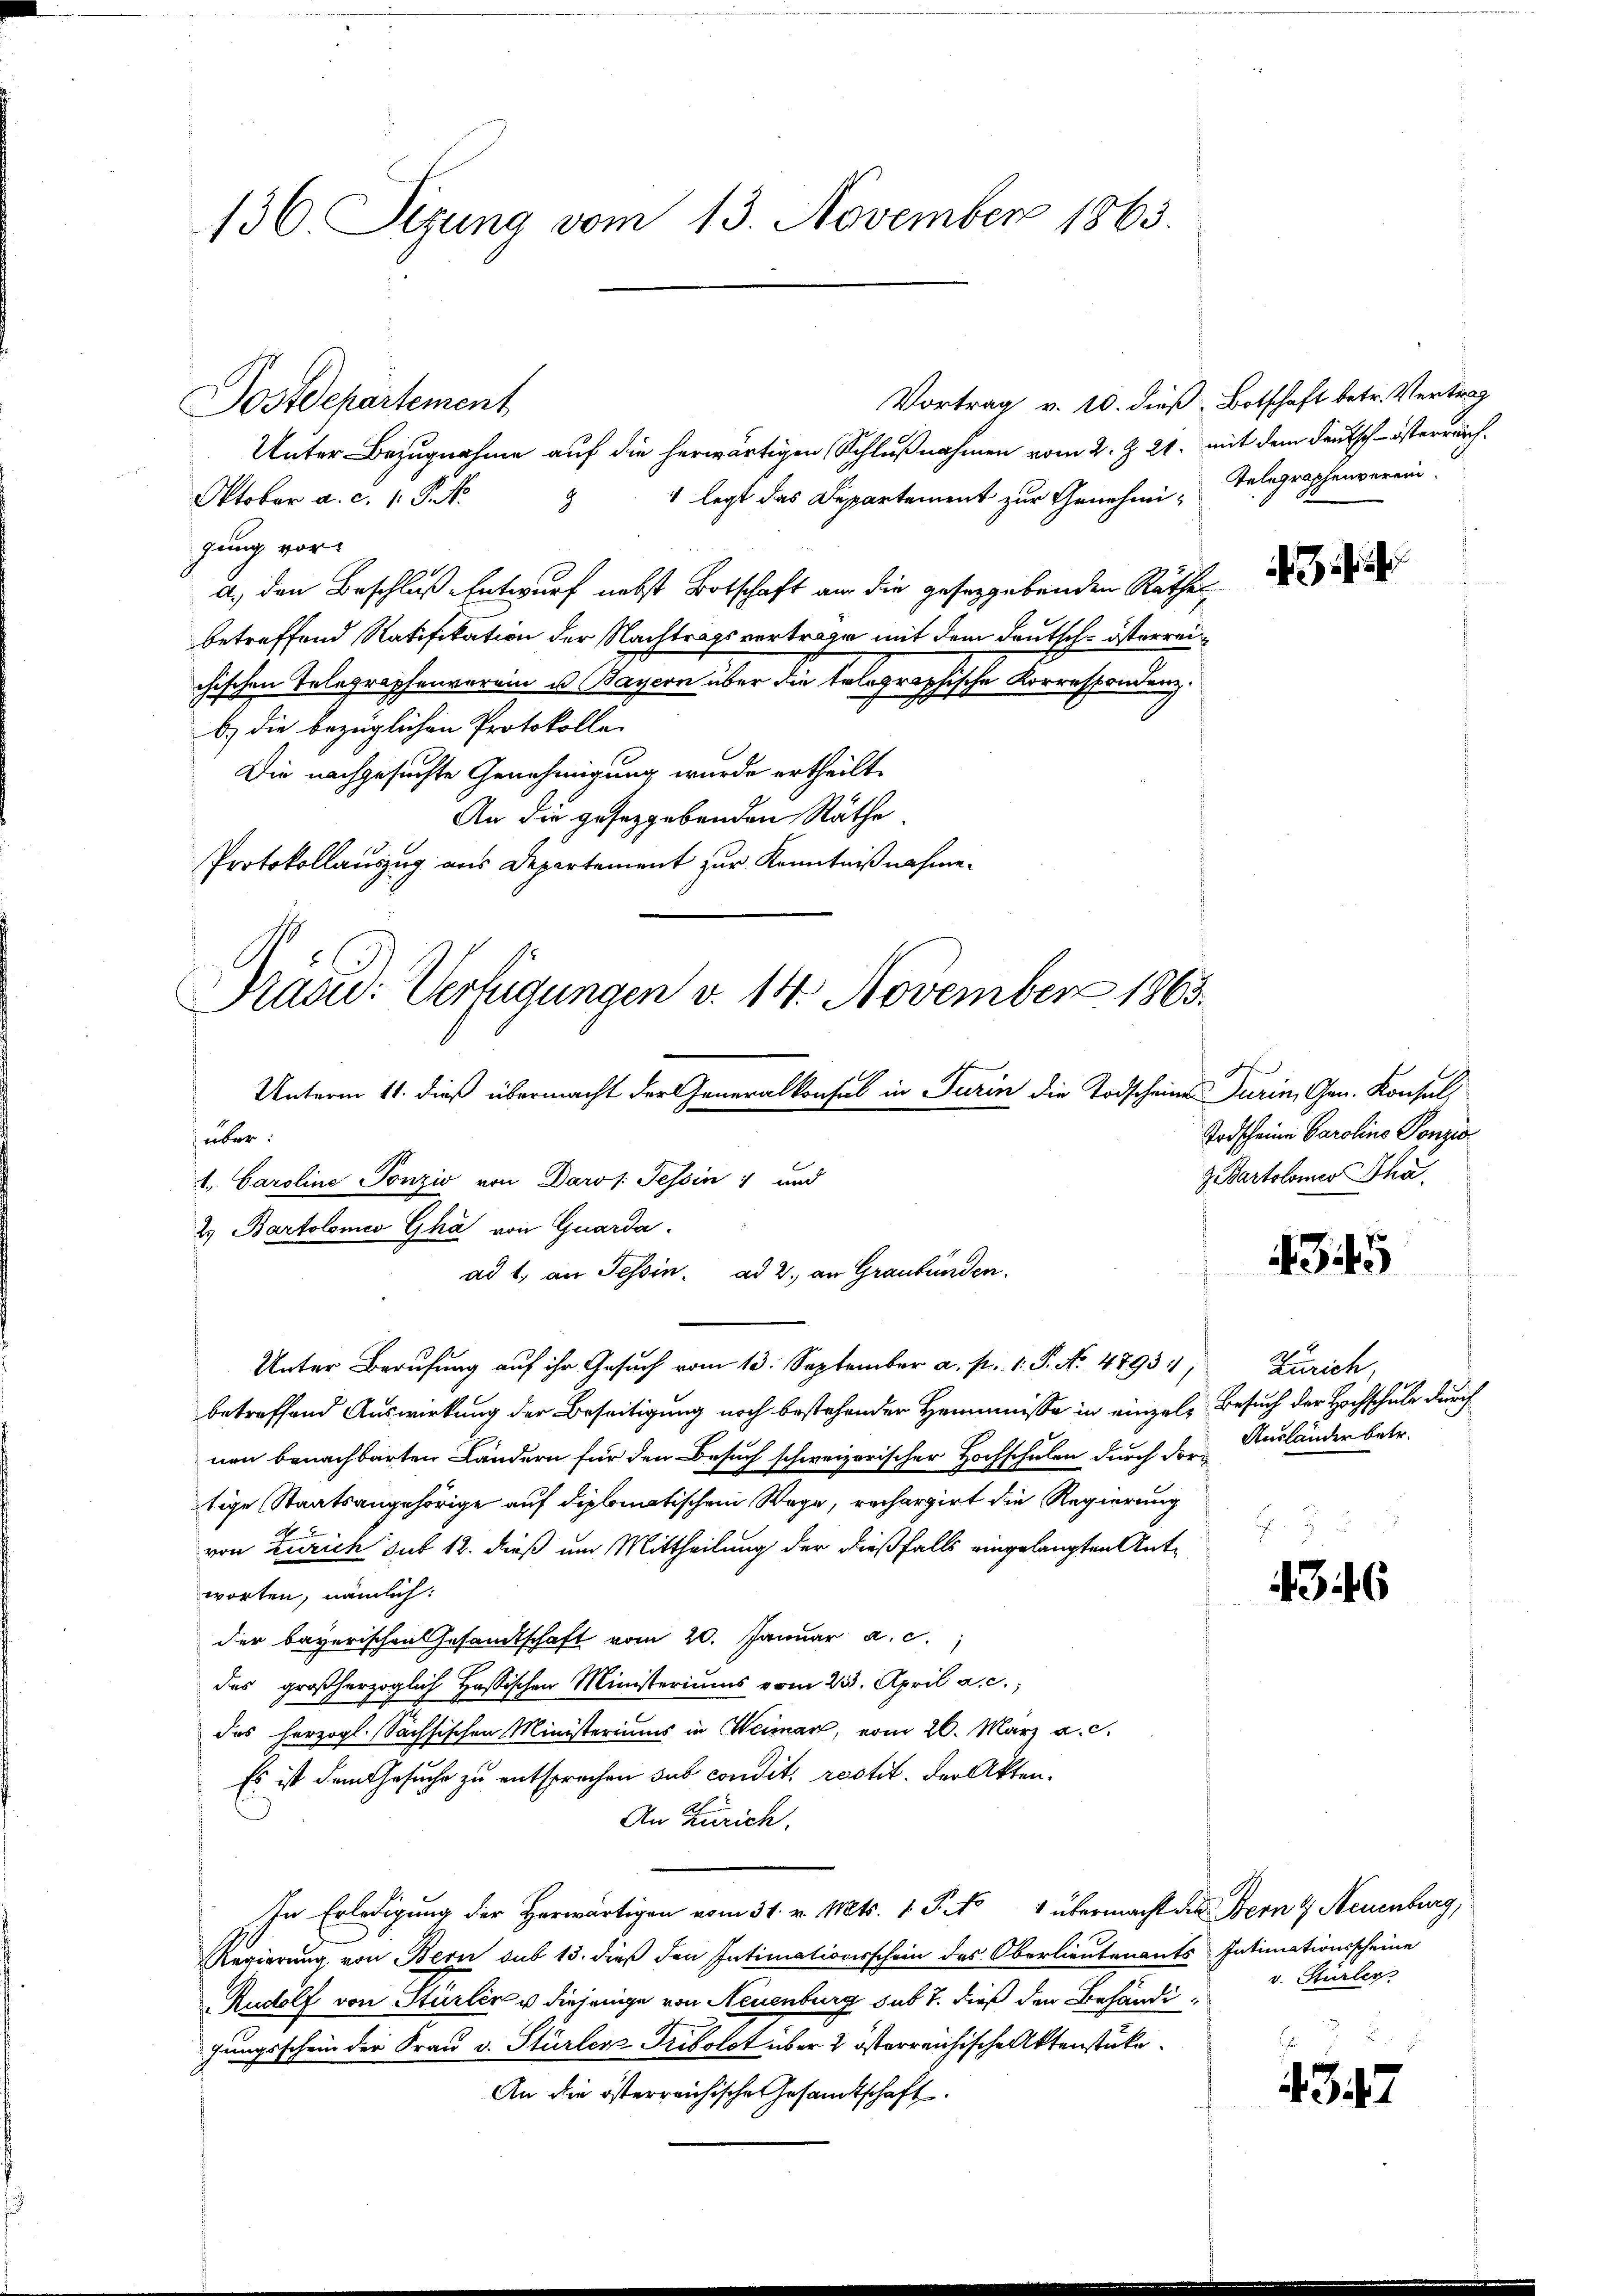
136. Sizung vom 13. November 1863.

Unter Bezugnahme auf die herwärtigen Schlußnahmen vom 2. Z. 21. mit dem Deutsch-österrich.
 legt das Departement zur Genehmi¬
Oktober a. c. s. S. 1
.
gung vora., den Beschluß Entwurf nebst Botschaft an die geseggebenden Rathes
betreffend Ratifikation der Nachtragsvertrage mit dem Deutsch-österreichischen Telegraphenverein u. Bayern über die tolographische Korrespondenz.
b) die bezüglichen Protokolle
Die nachgesuchte Genehmigung wurde ertheilt.
An die gesetzgebenden Räthe
Protokollauszug aus Departement zur Kenntnißnahme

Sostdepartement

Präsid. Verfügungen d. 14. November 1863.
Unterm 11. dieß übermacht der Generalkonfel in Turin die Todscheines Turin, Gen. Konsul
über
1. Caroline Tonzis von Daros. Tessin, und
2. Bartolomeo Gha von Quarda
ad 1., an Tessin. ad 2. an Graubünden.
Unter Berufung auf ihr Gesuch vom 13. September a. p. 1. P. No 4793, Zürich,

betreffend Auswirkung der Beseitigung noch bestehender Hemmnisse in einzeln Besuch der Hochschule durch
nen benachbarten Ländern für den Besuch schweizerischer Hochschulen durch dortige Staatsangehörige auf diplomatischem Wege, rechargirt die Regierung
von Zürich sub 12. dieß um Mittheilung der dießfalls eingelangten Antworten, nämlich:
der bayerischen Gesandtschaft vom 20. Januar a. c.
des großherzoglich Hassischen Ministeriums vom 23. April a. c.,
das herzogl. Sächsischen Ministeriums in Weimar, vom 26. März a. c.
Es ist dem Gesuche zu entsprechen sub condit. restit. Der Akten¬
An Zürich.
In Erledigung der Herwärtigen vom 31. v. Mts. 1. P. No 1 übermacht die Bern & Neuenburg,
Regierung von Bern sub 13. dieß den Intimationsschein des Oberlieutenants Intimationsscheine
Rudolf von Sturlin u diejenige von Neuenburg sub 7. dieß den Behändihungsschein der Frau v. Stürler Tribolot über 2 österreichische Aktenstüke¬
An die österreichische Gesandtschaft

Vortrag v. 10. dieß Botschaft betr. Vertrag
Telegraphenverein.

f
Todscheine Parolins Ponzi
z Bartolomer Tha

345

Ausländer betr.

4346

v. Stürler

347